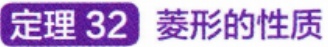
定理 32 菱形的性质